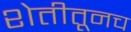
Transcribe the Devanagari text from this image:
शेतीतूनच